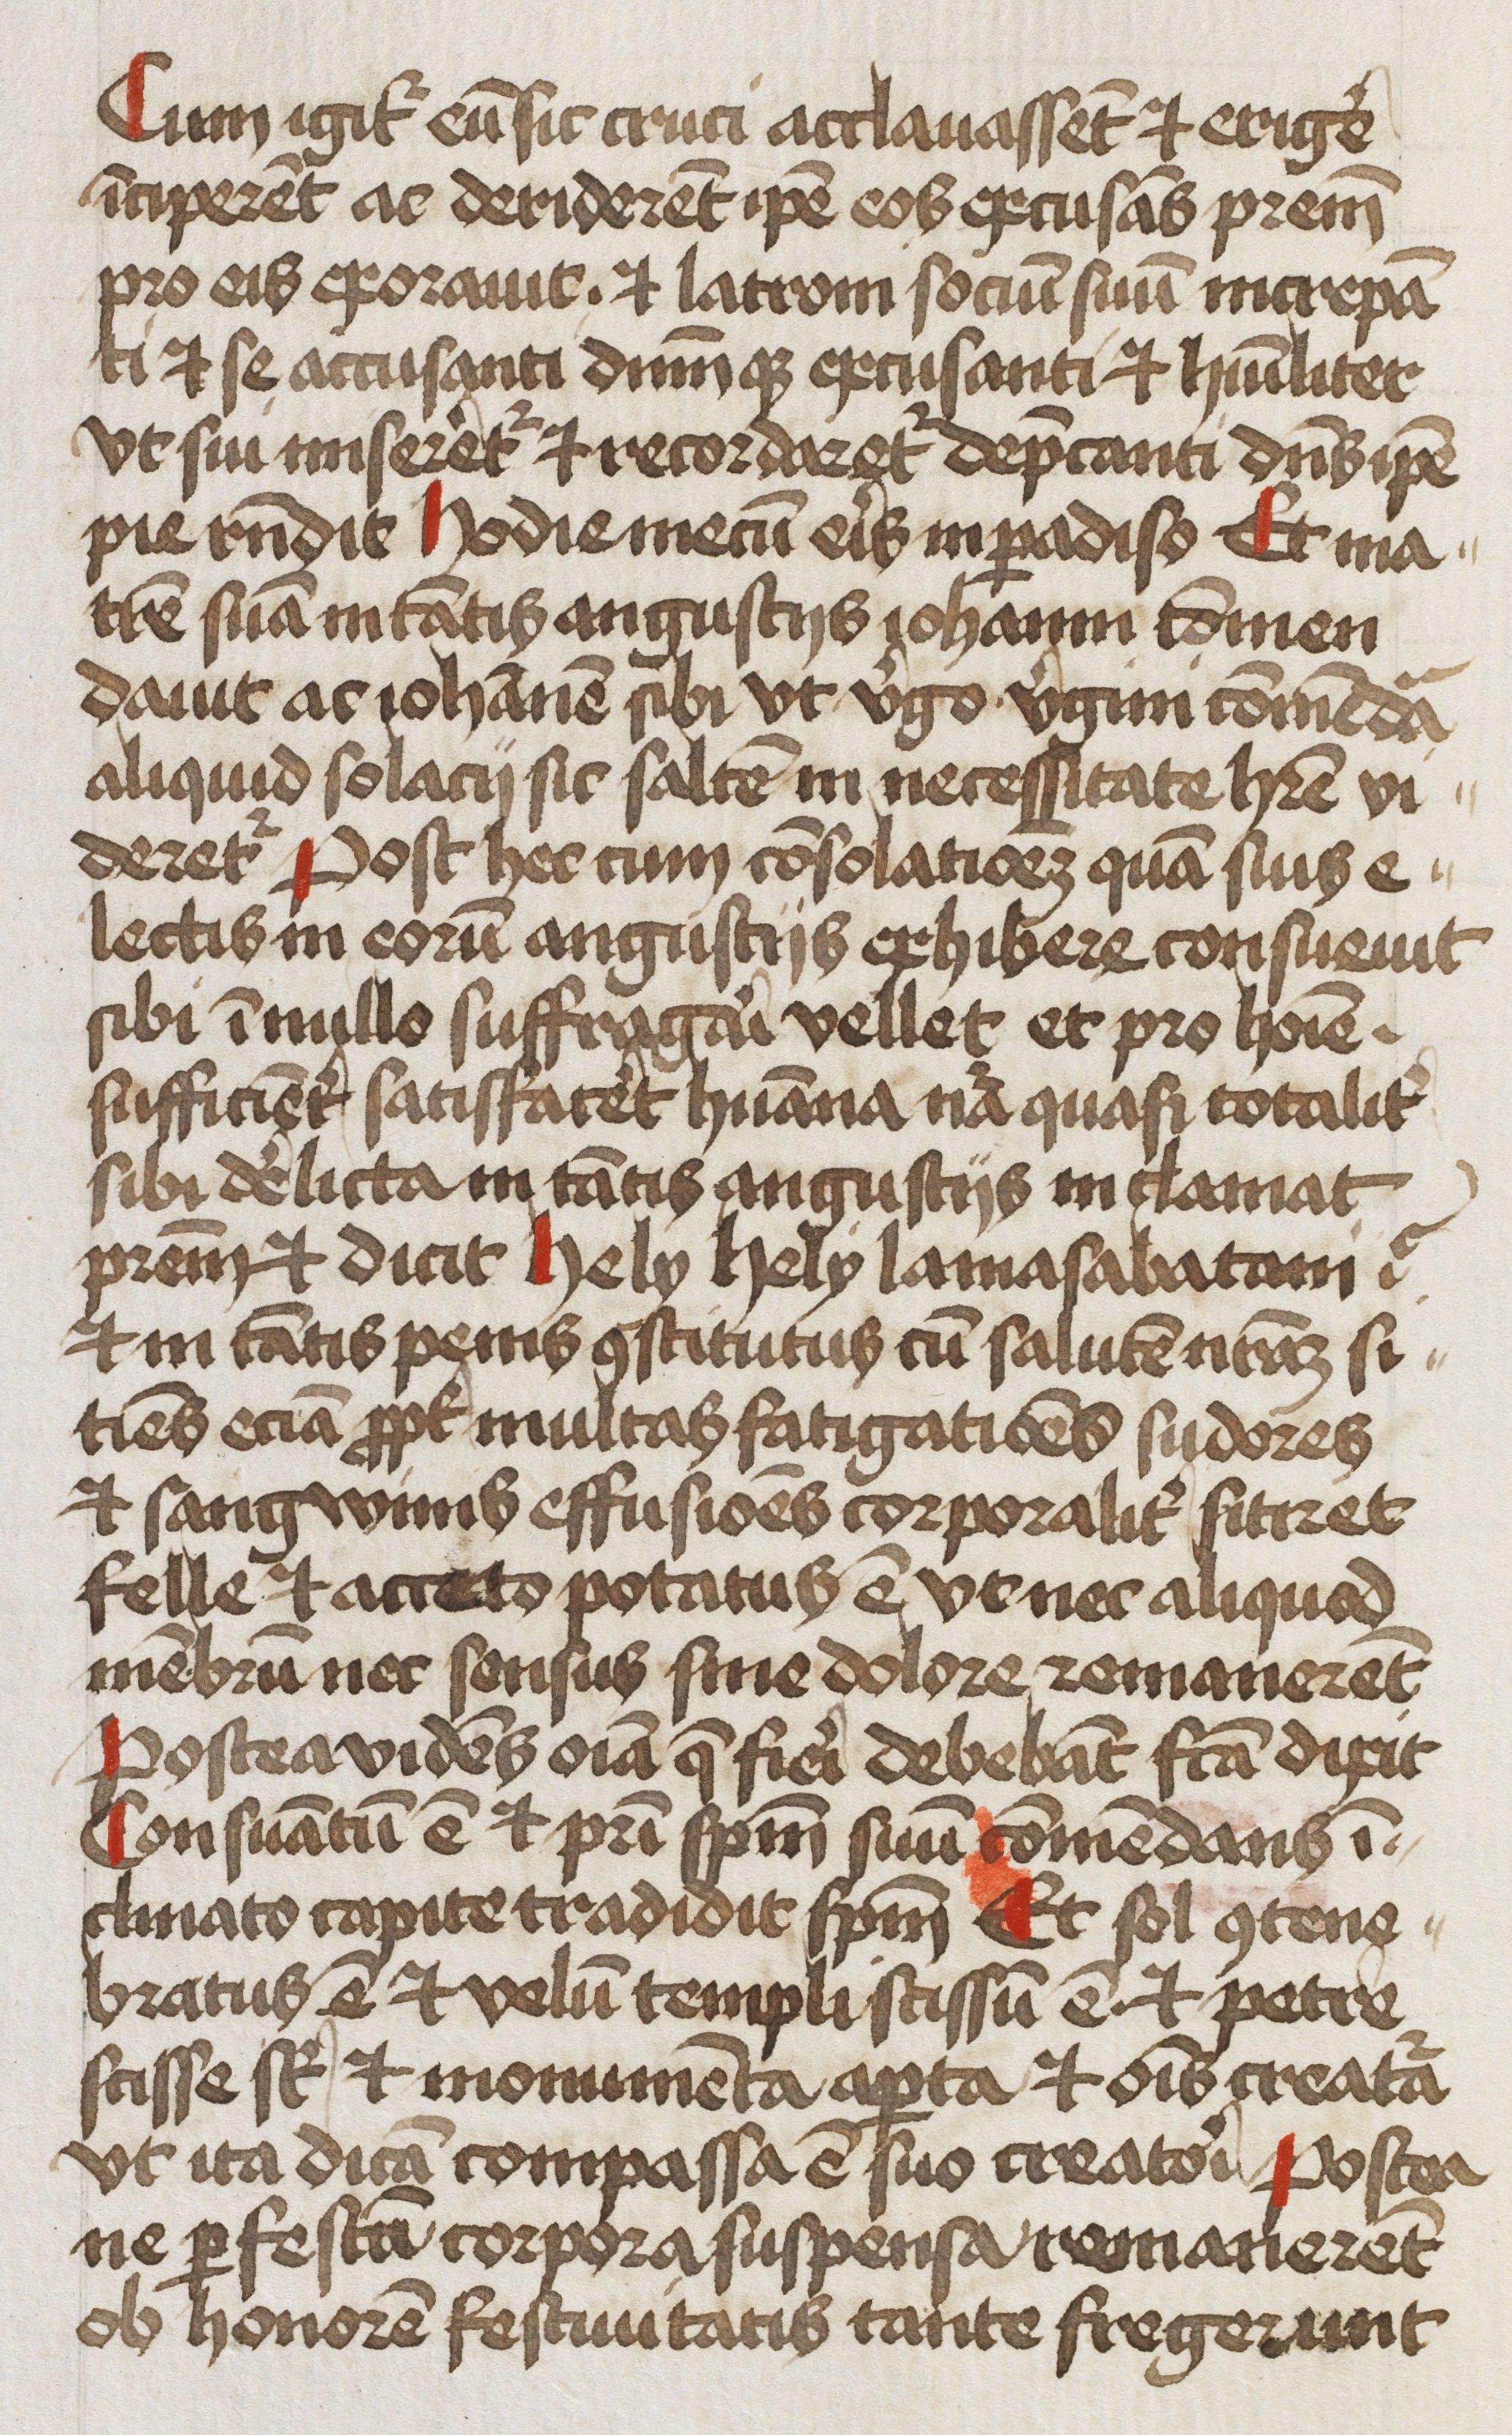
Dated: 1450–1499